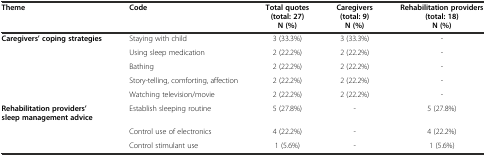
| Theme | Code | Total quotes (total: 27) N (%) | Caregivers (total: 9) N (%) | Rehabilitation providers (total: 18) N (%) |
 | --- | --- | --- | --- | --- |
 | Caregivers’ coping strategies | Staying with child | 3 (33.3%) | 3 (33.3%) | - |
 |  | Using sleep medication | 2 (22.2%) | 2 (22.2%) | - |
 |  | Bathing | 2 (22.2%) | 2 (22.2%) | - |
 |  | Story-telling, comforting, affection | 2 (22.2%) | 2 (22.2%) | - |
 |  | Watching television/movie | 2 (22.2%) | 2 (22.2%) | - |
 | Rehabilitation providers’ sleep management advice | Establish sleeping routine | 5 (27.8%) | - | 5 (27.8%) |
 |  | Control use of electronics | 4 (22.2%) | - | 4 (22.2%) |
 |  | Control stimulant use | 1 (5.6%) | - | 1 (5.6%) |